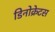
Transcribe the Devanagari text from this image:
डिनोक्रेटस